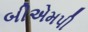
બીએમપી